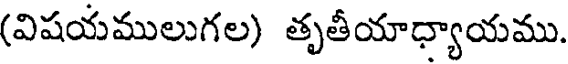
(విషయములుగల) తృతీయాధ్యాయము.